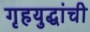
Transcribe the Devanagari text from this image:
गृहयुद्धांची